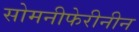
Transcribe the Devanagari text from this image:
सोमनीफेरीनीन